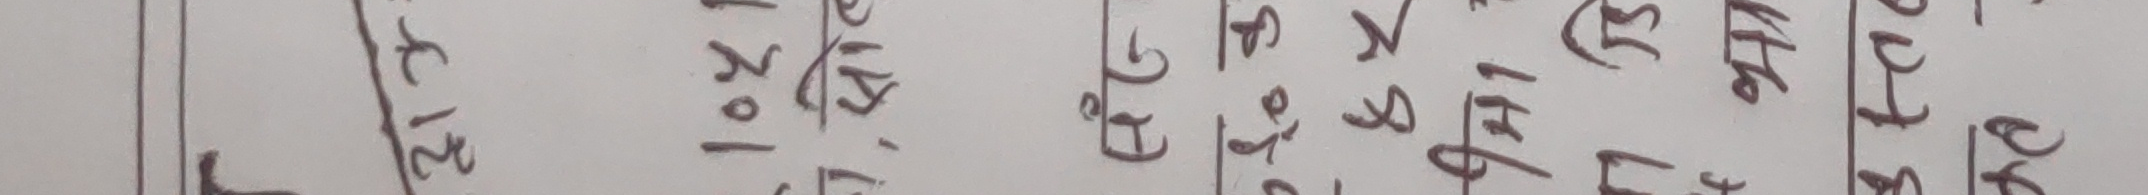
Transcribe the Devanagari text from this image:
२१+ १०, १५ से. पु १ गुरु धे ने रु प अ क